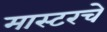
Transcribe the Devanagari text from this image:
मास्टरचे